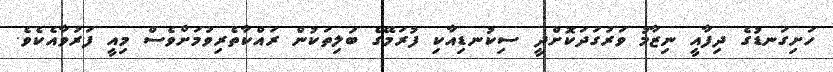
ހަށިގަނޑުގެ ދިފާއީ ނިޒާމު ވަރުގަދަކޮށްދީ ސިކުނޑިއާކި ފުރަމޭގެ ބަލިތަކުން ރައްކާތެރިވުމަށްވެސް މިއީ ފަރުވާއެކެވެ.